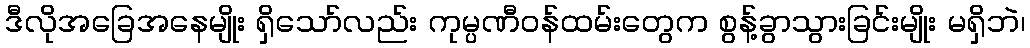
ဒီလိုအခြေအနေမျိုး ရှိသော်လည်း ကုမ္ပဏီဝန်ထမ်းတွေက စွန့်ခွာသွားခြင်းမျိုး မရှိဘဲ၊